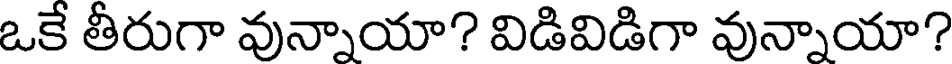
ఒకే తీరుగా వున్నాయా? విడివిడిగా వున్నాయా?